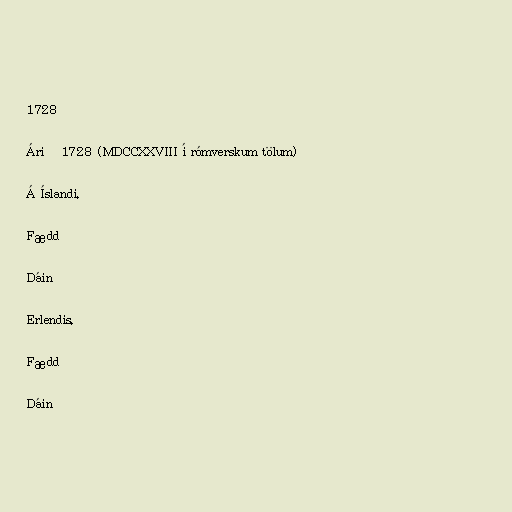
1728

Árið 1728 (MDCCXXVIII í rómverskum tölum)

Á Íslandi.

Fædd

Dáin

Erlendis.

Fædd

Dáin